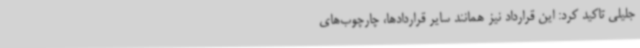
جلیلی تاکید کرد: این قرارداد نیز همانند سایر قراردادها، چارچوب‌های